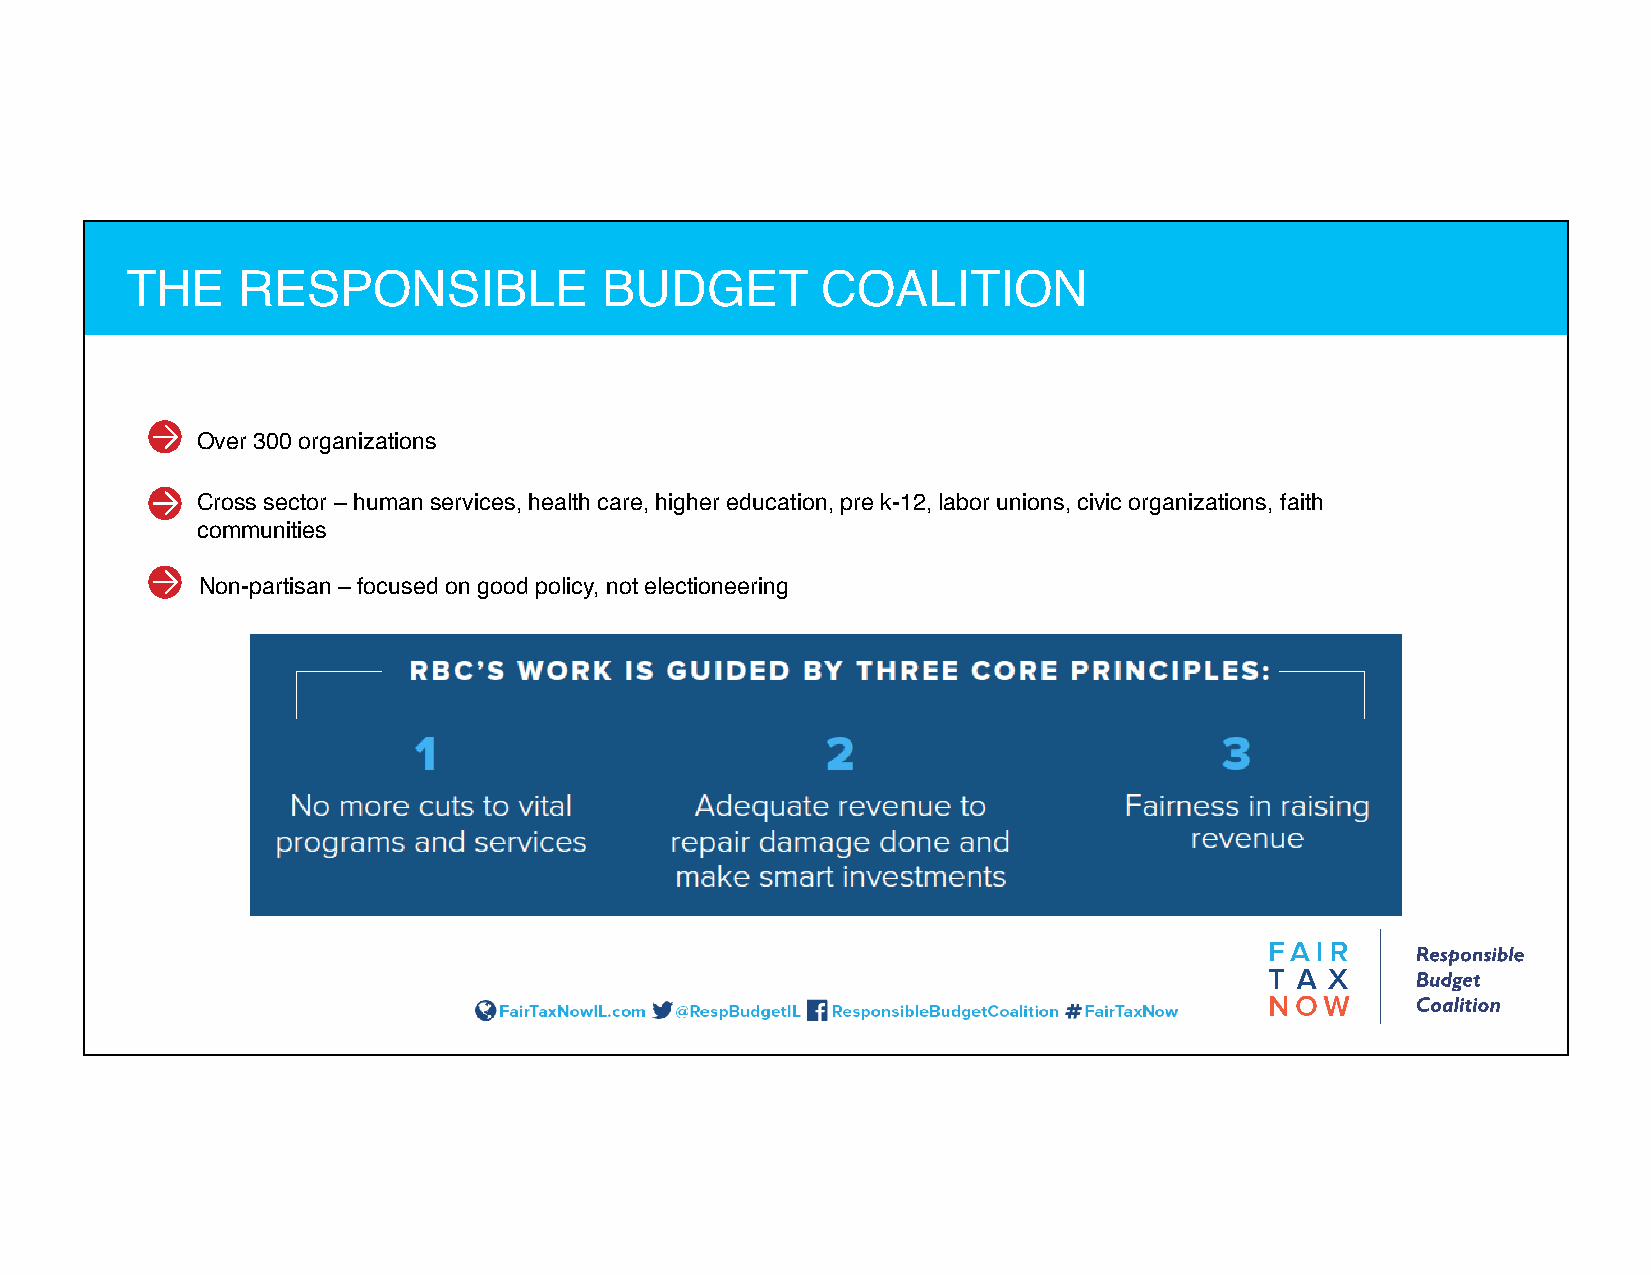
THE     RESPONSIBLE             BUDGET        COALITION
 Over 300 organizations
 Cross sector – human services, health care, higher education, pre k-12, labor unions, civic organizations, faith
 communities
 Non-partisan – focused on good policy, not electioneering